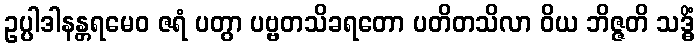
ဥပ္ပါဒါနန္တရမေဝ ဇရံ ပတွာ ပဗ္ဗတသိခရတော ပတိတသိလာ ဝိယ ဘိဇ္ဇတိ သဒ္ဓိံ